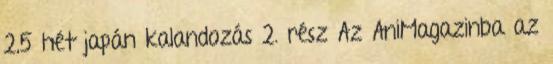
2,5 hét japán kalandozás 2. rész Az AniMagazinba az